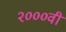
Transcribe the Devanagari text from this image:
२०००वीं